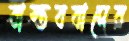
বাস্তববাদের